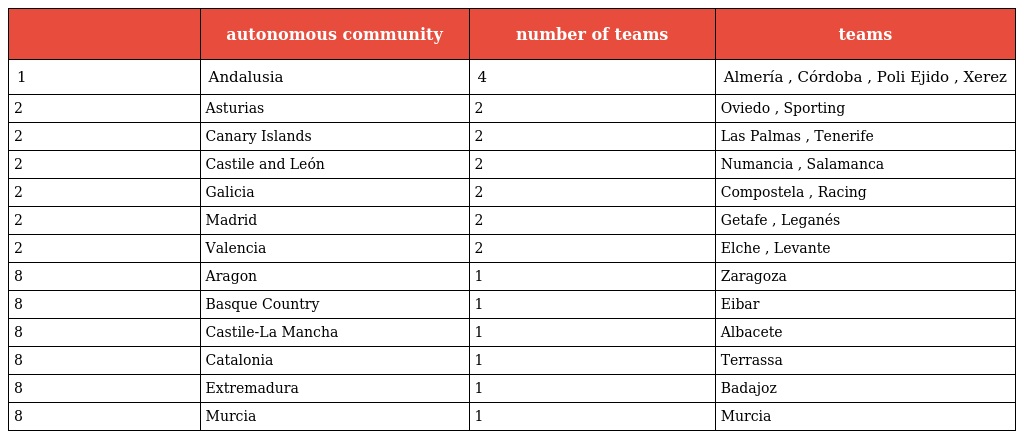
|  | autonomous community | number of teams | teams |
 | --- | --- | --- | --- |
 | 1 | Andalusia | 4 | Almería , Córdoba , Poli Ejido , Xerez |
 | 2 | Asturias | 2 | Oviedo , Sporting |
 | 2 | Canary Islands | 2 | Las Palmas , Tenerife |
 | 2 | Castile and León | 2 | Numancia , Salamanca |
 | 2 | Galicia | 2 | Compostela , Racing |
 | 2 | Madrid | 2 | Getafe , Leganés |
 | 2 | Valencia | 2 | Elche , Levante |
 | 8 | Aragon | 1 | Zaragoza |
 | 8 | Basque Country | 1 | Eibar |
 | 8 | Castile-La Mancha | 1 | Albacete |
 | 8 | Catalonia | 1 | Terrassa |
 | 8 | Extremadura | 1 | Badajoz |
 | 8 | Murcia | 1 | Murcia |